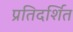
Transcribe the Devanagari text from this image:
प्रतिदर्शित